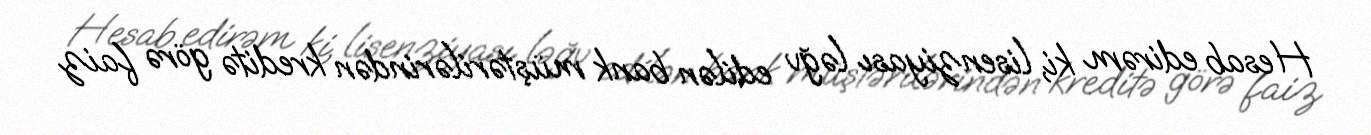
Hesab edirəm ki, lisenziyası ləğv edilən bank müştərilərindən kreditə görə faiz